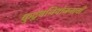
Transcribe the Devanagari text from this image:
कुटुंबनियोजनाची